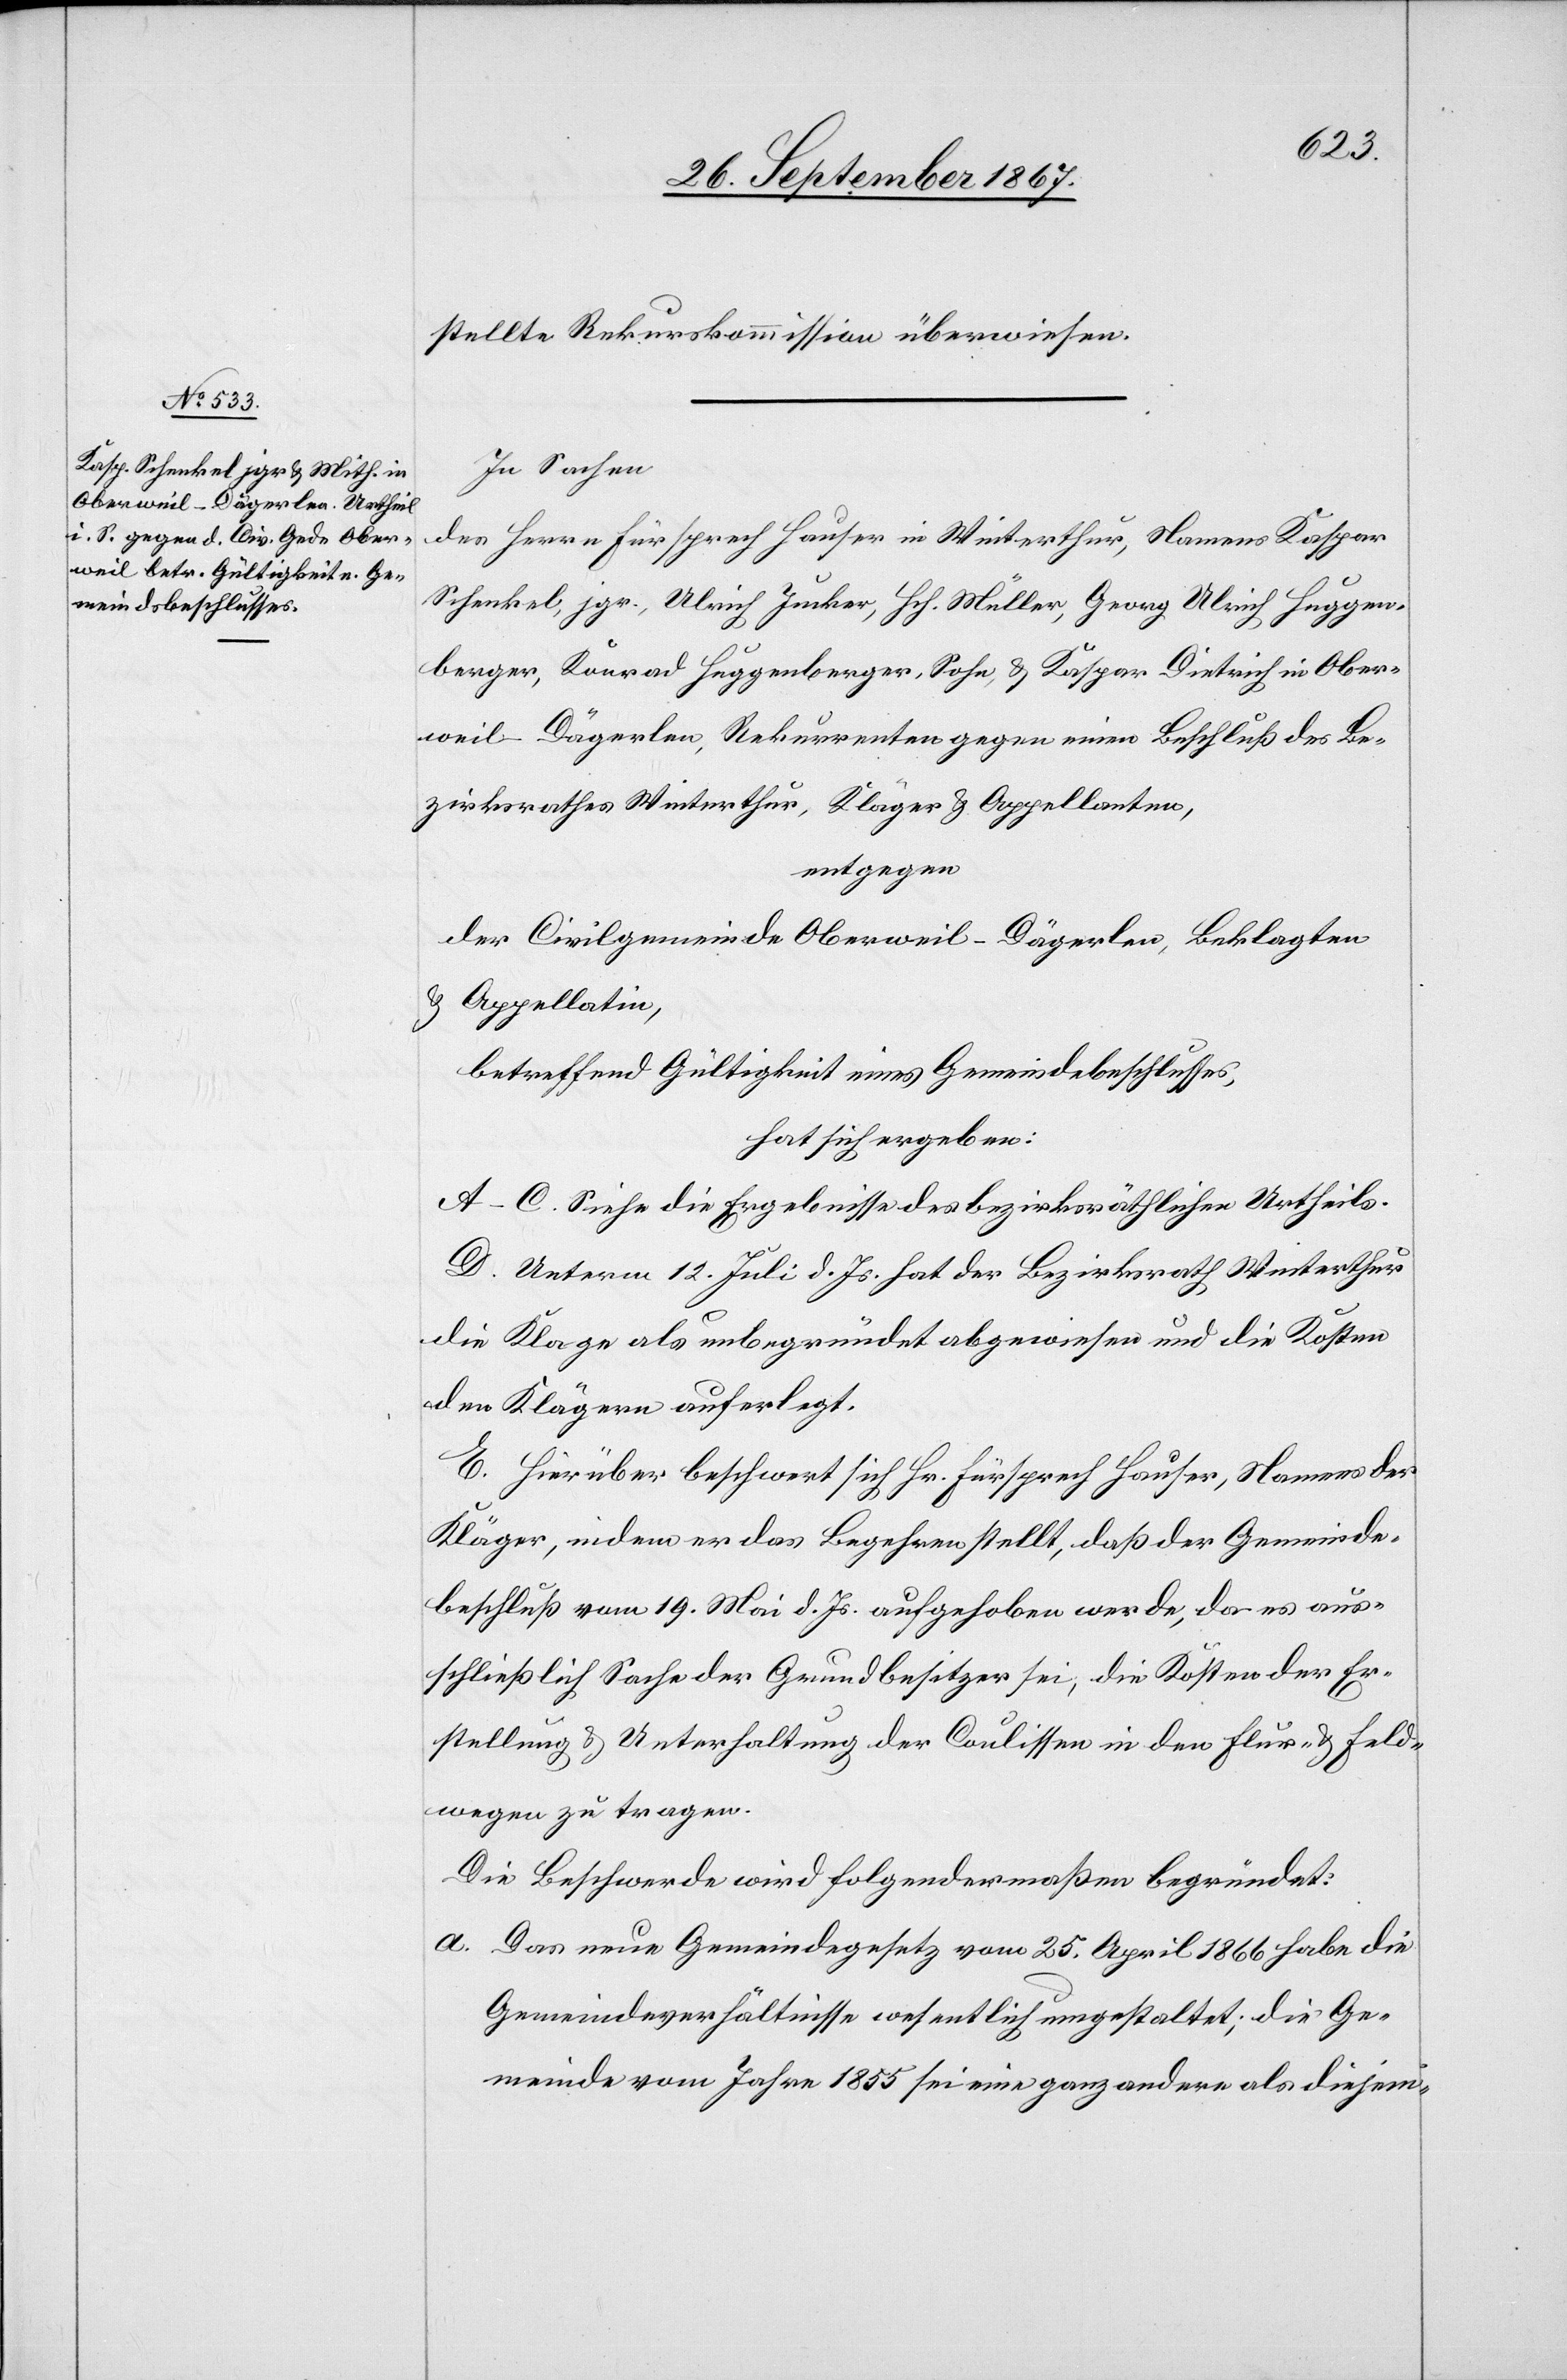
stellte Rekurskommission überwiesen.
In Sachen
des Herrn Fürsprech Hauser in Winterthur, Namens Kaspar
Schenkel, jgr., Ulrich Kucker, Hch. Müller, Georg Ulrich Huggen¬
berger, Konrad Huggenberger, Sohn u. Kaspar Dietrich in Ober¬
weil-Dägerlen, Rekurrenten gegen einen Beschluß des Be¬
zirksrathes Winterthur, Kläger u. Appellanten,
entgegen
der Civilgemeinde Oberweil-Dägerlen, Beklagten
u. Appellatin,
betreffend Gültigkeit eines Gemeindsbeschlusses,
hat sich ergeben:
A–C. Siehe die Ergebnisse des bezirksräthlichen Urtheils.
D. Unterm 12. Juli d. Js. hat der Bezirksrath Winterthur
die Klage als unbegründet abgewiesen und die Kosten
den Klägern auferlegt.
E. Hierüber beschwert sich Hr. Fürsprech Hauser, Namens der
Kläger, indem er das Begehren stellt, daß der Gemeinds¬
beschluß vom 19. Mai d. Js. aufgehoben werde, da es aus¬
schließlich Sache der Grundbesitzer sei, die Kosten der Er¬
stellung u. Unterhaltung der Coulissen in den Flur- Feld¬
wegen zu tragen.
Die Beschwerde wird folgendermaßen begründet:
a. Das neue Gemeindegesetz vom 25. April 1866 habe die
Gemeindeverhältnisse wesentlich umgestaltet; die Ge¬
meinde vom Jahre 1855 sei eine ganz andere als diejeni-